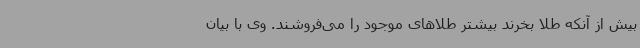
بیش از آنکه طلا بخرند بیشتر طلاهای موجود را می‌فروشند. وی با بیان